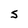
Character: S